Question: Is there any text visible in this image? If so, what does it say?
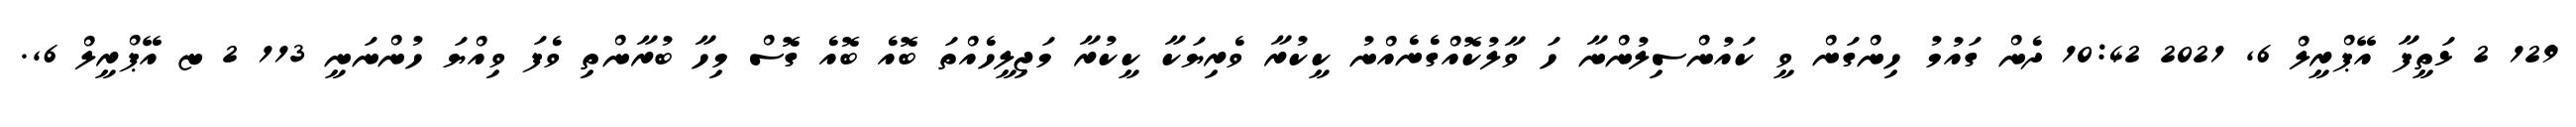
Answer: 129 2 ޅަތީފާ އޭޕްރީލް 6, 2021 10:42 ދެން ގައުމު ހިންގަން ވީ ކައުންސިލުންނާ ހަ ވާލުކޮއްގެނެއްނު ކީކުރާ ވެރިޔަކާ ކީކުރާ މަޖިލީހެއްތަ ބޮއެ ބޮއެ ގޮސް މިހާ ބުރާންތި ވެފަ ވިއްޔަ ހުންނަނީ 113 2 ޏ އޭޕްރީލް 6,.